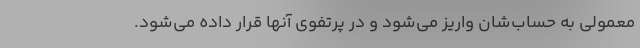
معمولی به حساب‌شان واریز می‌شود و در پرتفوی آنها قرار داده می‌شود.